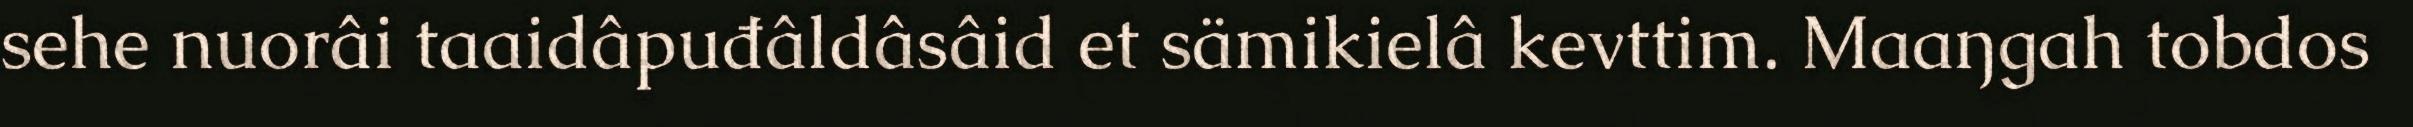
sehe nuorâi taaidâpuđâldâsâid et sämikielâ kevttim. Maaŋgah tobdos